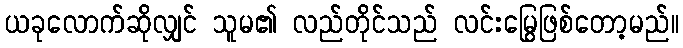
ယခုလောက်ဆိုလျှင် သူမ၏ လည်တိုင်သည် လင်းမြွေဖြစ်တော့မည်။